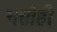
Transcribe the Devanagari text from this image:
गतीही